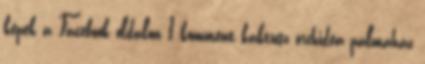
képek a Facebook oldalon 1 komment kaktusz orchidea pálmaház